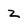
Character: z